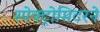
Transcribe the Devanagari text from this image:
स्पेक्ट्रोमिटरने